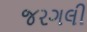
જરગલી